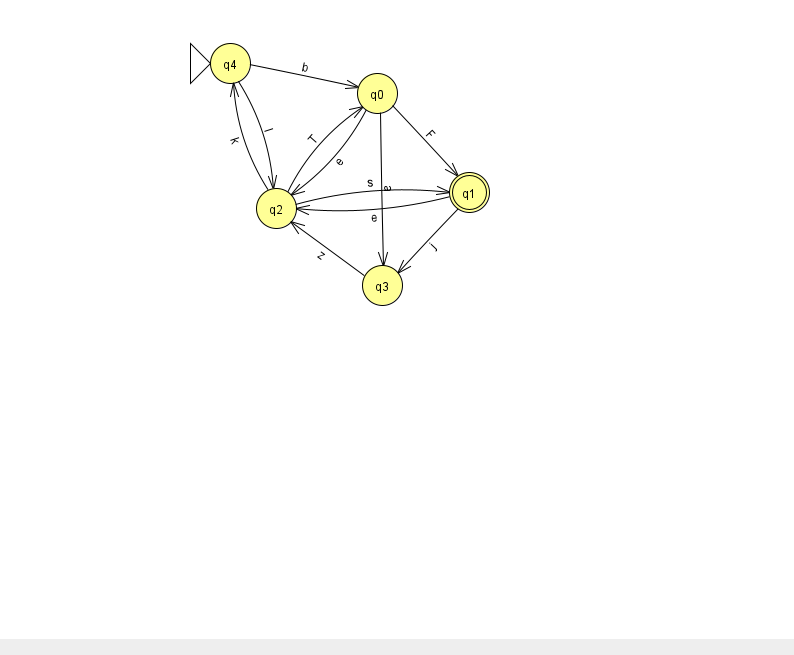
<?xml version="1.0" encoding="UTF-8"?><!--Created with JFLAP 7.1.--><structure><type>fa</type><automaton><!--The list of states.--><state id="0" name="q0"><x>377.0</x><y>80.0</y></state><state id="1" name="q1"><x>469.0</x><y>179.0</y><final/></state><state id="2" name="q2"><x>276.0</x><y>195.0</y></state><state id="3" name="q3"><x>382.0</x><y>272.0</y></state><state id="4" name="q4"><x>230.0</x><y>50.0</y><initial/></state><!--The list of transitions.--><transition><from>4</from><to>0</to><read>b</read></transition><transition><from>0</from><to>3</to><read>a</read></transition><transition><from>0</from><to>2</to><read>e</read></transition><transition><from>1</from><to>3</to><read>j</read></transition><transition><from>2</from><to>0</to><read>T</read></transition><transition><from>1</from><to>2</to><read>e</read></transition><transition><from>2</from><to>4</to><read>k</read></transition><transition><from>3</from><to>2</to><read>z</read></transition><transition><from>0</from><to>1</to><read>F</read></transition><transition><from>4</from><to>2</to><read>I</read></transition><transition><from>2</from><to>1</to><read>s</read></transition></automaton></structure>